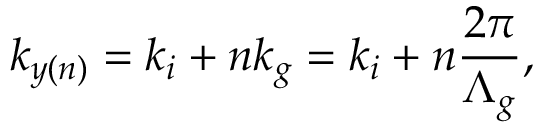
k _ { y ( n ) } = k _ { i } + n k _ { g } = k _ { i } + n \frac { 2 \pi } { \Lambda _ { g } } ,